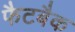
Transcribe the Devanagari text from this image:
फैटबैक